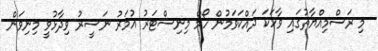
މި ރަސްމިއްޔާތުގައި ވާހަކަ ދައްކަވަމުން ހޯމް މިނިސްޓަރު އުމަރު ނަސީރު ވިދާޅުވީ މިނިވަން